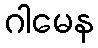
ဂါမေန